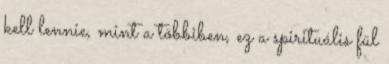
kell lennie, mint a többiben, ez a spirituális fül